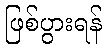
ဖြစ်ပွားရန်